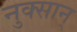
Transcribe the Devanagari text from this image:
नुक्सान्